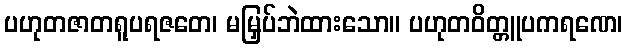
ပဟုတဇာတရူပရဇတေ၊ မမြှပ်ဘဲထားသော။ ပဟုတဝိတ္တူပကရဏေ၊